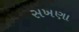
સખણા